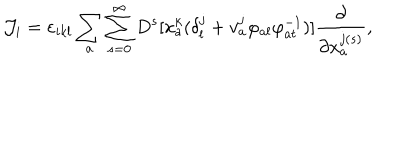
{ \cal J } _ { i } = \varepsilon _ { i k l } \sum _ { a } \sum _ { s = 0 } ^ { \infty } D ^ { s } [ x _ { a } ^ { k } ( \delta _ { l } ^ { j } + v _ { a } ^ { j } \varphi _ { a l } \varphi _ { a t } ^ { - 1 } ) ] \frac { \partial } { \partial x _ { a } ^ { j ( s ) } } ,